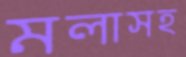
মলাসহ